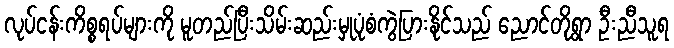
လုပ်ငန်းကိစ္စရပ်များကို မူတည်ပြီးသိမ်းဆည်းမှုပုံစံကွဲပြားနိုင်သည် ညောင်တိုရွာ ဦးညီသူရ